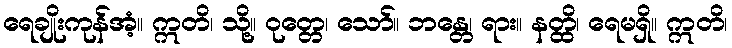
ရေချိုးကုန်အံ့။ ဣတိ၊ သို့။ ဝုတ္တေ၊ သော်။ ဘန္တေ၊ ရား။ နတ္ထိ၊ ရေမရှိ။ ဣတိ၊